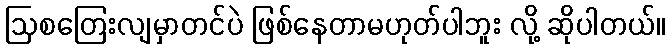
ဩစတြေးလျမှာတင်ပဲ ဖြစ်နေတာမဟုတ်ပါဘူး လို့ ဆိုပါတယ်။